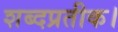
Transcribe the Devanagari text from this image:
शब्दप्रतीक।